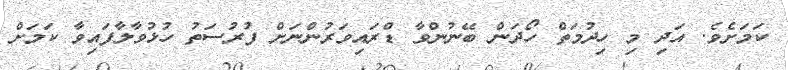
ކަމަށެވެ. އަދި މި ހިދުމަތް ހޯދަން ބޭނުންވާ ޑްރައިވަރުންނަށް ފުރުސަތު ހުޅުވާލާފައިވާ ކަމަށް